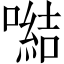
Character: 𪢍